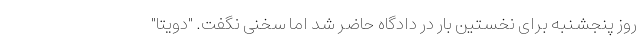
روز پنجشنبه برای نخستین بار در دادگاه حاضر شد اما سخنی نگفت. "دویتا"